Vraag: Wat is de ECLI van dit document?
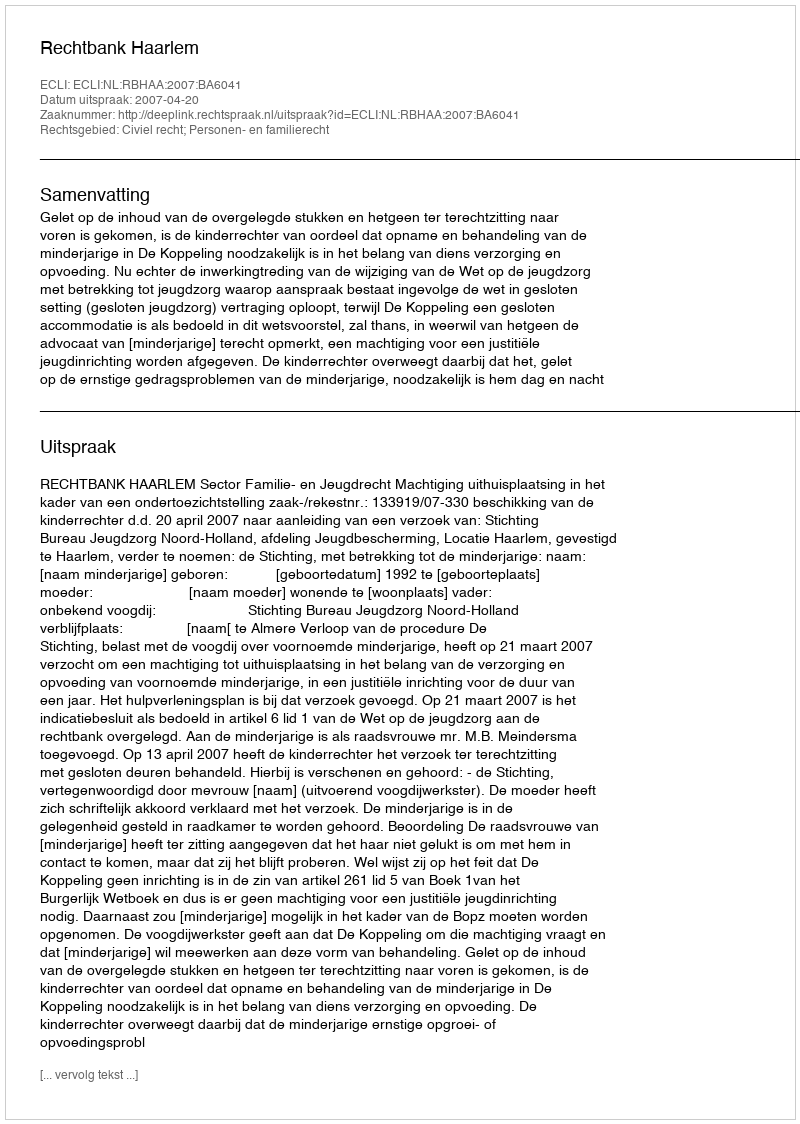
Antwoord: ECLI:NL:RBHAA:2007:BA6041